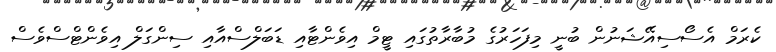
ކެރަމް އެސޯސިއޭޝަނުން ބުނީ މިފަހަރުގެ މުބާރާތުގައި ޓީމް އިވެންޓާއި ޑަބަލްސްއާއި ސިންގަލް އިވެންޓްސްވެސް